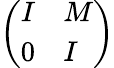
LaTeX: \left(\begin{array}{ll}{I}&{M}\\ {0}&{I}\end{array}\right)